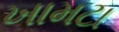
ખામટા